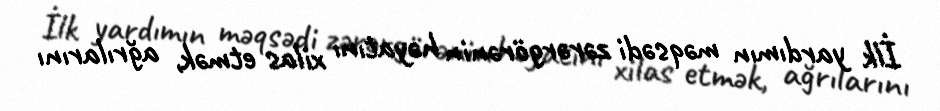
İlk yardımın məqsədi zərərgörənin həyatını xilas etmək, ağrılarını